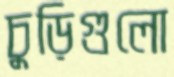
চুড়িগুলো